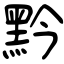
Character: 黔